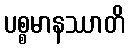
ပစ္စမာနဿာတိ